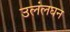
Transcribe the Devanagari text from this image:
उलंलघन